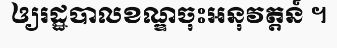
ឲ្យរដ្ឋបាលខណ្ឌចុះអនុវត្តន៍ ។